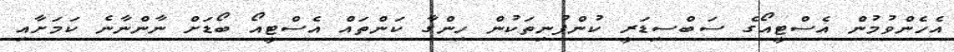
އެހެންވުމުން އެސްޓީއޯގެ ސަބްސިޑަރީ ކުންފުނިތަކުން ހިންގާ ކަންތައް އެސްޓީއޯ ބޯޑަށް ނާންނާނެ ކަމަށާއި